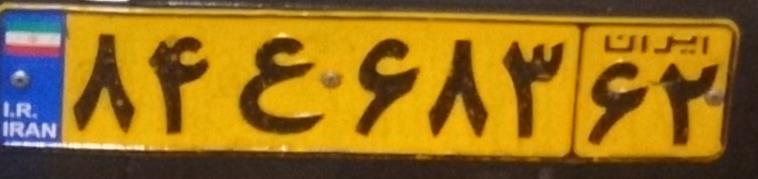
۸۴ع۶۸۳۶۲